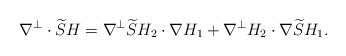
LaTeX: \begin{align*} \nabla^\perp\cdot \widetilde{S} H=\nabla^\perp \widetilde{S} H_2 \cdot \nabla H_1+\nabla^\perp H_2 \cdot \nabla \widetilde{S} H_1.\end{align*}